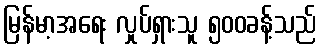
မြန်မာ့အရေး လှုပ်ရှားသူ ၅၀၀ခန့်သည်